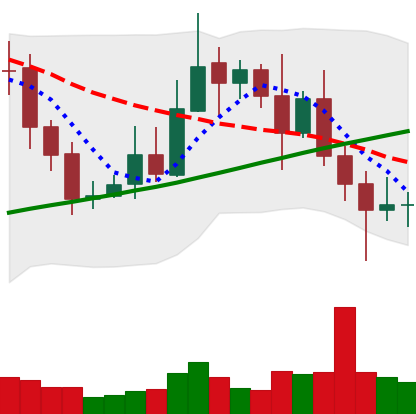
Ticker: XRP-USD
Chart end date: 2020-11-01
Forward return: 7.777%
Label: up_7plus